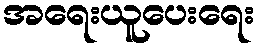
အရေးယူပေးရေး